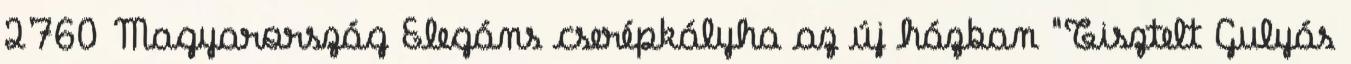
2760 Magyarország Elegáns cserépkályha az új házban "Tisztelt Gulyás